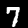
Label: 7